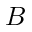
B